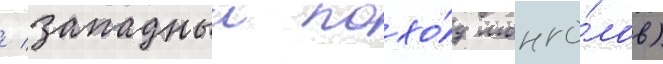
/ западныи похо́д монго́лов)